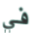
في